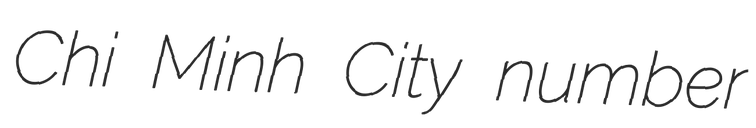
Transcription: Chi Minh City number